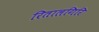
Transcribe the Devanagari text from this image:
रितालगिरि